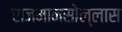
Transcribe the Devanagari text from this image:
राजमानसोल्लास